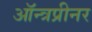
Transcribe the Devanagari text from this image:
ऑन्त्रप्रीनर